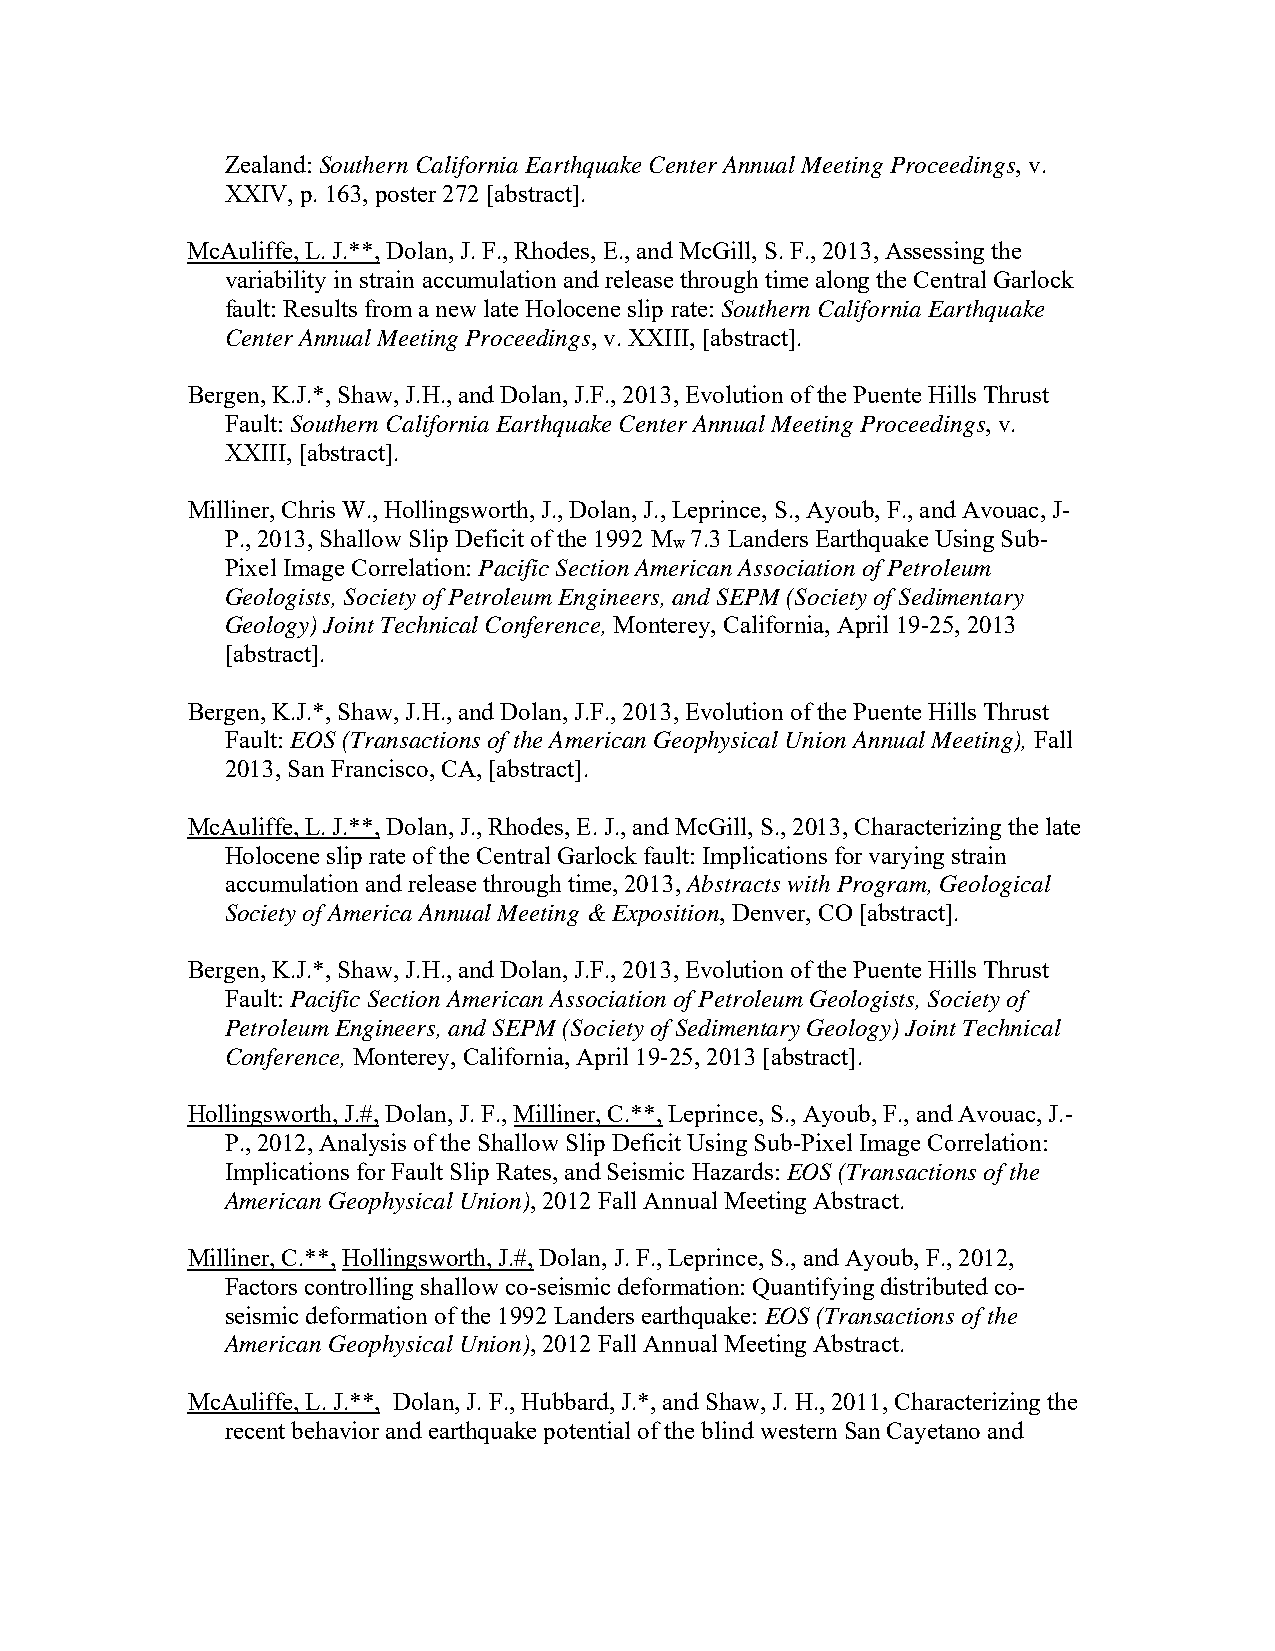
Zealand: Southern California Earthquake Center Annual Meeting Proceedings, v.
 XXIV, p. 163, poster 272 [abstract].
 McAuliffe, L. J.**, Dolan, J. F., Rhodes, E., and McGill, S. F., 2013, Assessing the
 variability in strain accumulation and release through time along the Central Garlock
 fault: Results from a new late Holocene slip rate: Southern California Earthquake
 Center Annual Meeting Proceedings, v. XXIII, [abstract].
 Bergen, K.J.*, Shaw, J.H., and Dolan, J.F., 2013, Evolution of the Puente Hills Thrust
 Fault: Southern California Earthquake Center Annual Meeting Proceedings, v.
 XXIII, [abstract].
 Milliner, Chris W., Hollingsworth, J., Dolan, J., Leprince, S., Ayoub, F., and Avouac, J-
 P., 2013, Shallow Slip Deficit of the 1992 M 7.3 Landers Earthquake Using Sub-
 w
 Pixel Image Correlation: Pacific Section American Association of Petroleum
 Geologists, Society of Petroleum Engineers, and SEPM (Society of Sedimentary
 Geology) Joint Technical Conference, Monterey, California, April 19-25, 2013
 [abstract].
 Bergen, K.J.*, Shaw, J.H., and Dolan, J.F., 2013, Evolution of the Puente Hills Thrust
 Fault: EOS (Transactions of the American Geophysical Union Annual Meeting), Fall
 2013, San Francisco, CA, [abstract].
 McAuliffe, L. J.**, Dolan, J., Rhodes, E. J., and McGill, S., 2013, Characterizing the late
 Holocene slip rate of the Central Garlock fault: Implications for varying strain
 accumulation and release through time, 2013, Abstracts with Program, Geological
 Society of America Annual Meeting & Exposition, Denver, CO [abstract].
 Bergen, K.J.*, Shaw, J.H., and Dolan, J.F., 2013, Evolution of the Puente Hills Thrust
 Fault: Pacific Section American Association of Petroleum Geologists, Society of
 Petroleum Engineers, and SEPM (Society of Sedimentary Geology) Joint Technical
 Conference, Monterey, California, April 19-25, 2013 [abstract].
 Hollingsworth, J.#, Dolan, J. F., Milliner, C.**, Leprince, S., Ayoub, F., and Avouac, J.-
 P., 2012, Analysis of the Shallow Slip Deficit Using Sub-Pixel Image Correlation:
 Implications for Fault Slip Rates, and Seismic Hazards: EOS (Transactions of the
 American Geophysical Union), 2012 Fall Annual Meeting Abstract.
 Milliner, C.**, Hollingsworth, J.#, Dolan, J. F., Leprince, S., and Ayoub, F., 2012,
 Factors controlling shallow co-seismic deformation: Quantifying distributed co-
 seismic deformation of the 1992 Landers earthquake: EOS (Transactions of the
 American Geophysical Union), 2012 Fall Annual Meeting Abstract.
 McAuliffe, L. J.**, Dolan, J. F., Hubbard, J.*, and Shaw, J. H., 2011, Characterizing the
 recent behavior and earthquake potential of the blind western San Cayetano and